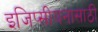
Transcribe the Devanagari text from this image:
इजिप्सीयनासाठी